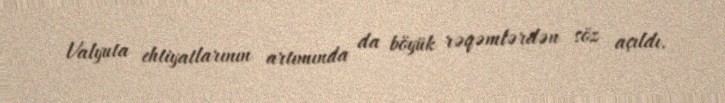
Valyuta ehtiyatlarının artımında da böyük rəqəmlərdən söz açıldı.